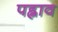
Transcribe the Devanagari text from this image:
पह्नाव